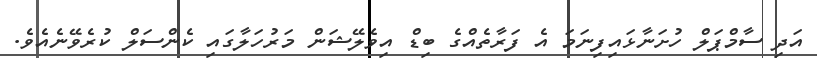
އަދި ސާމްޕަލް ހުށަނާޅައިފިނަމަ އެ ފަރާތެއްގެ ބިޑް އިވެލޭޝަން މަރުހަލާގައި ކެންސަލް ކުރެވޭނެއެވެ.